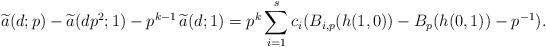
LaTeX: \begin{align*} \widetilde{a}(d;p) - \widetilde{a}(dp^2;1) - p^{k-1}\,\widetilde{a}(d;1) = p^k\sum_{i=1}^s c_i(B_{i,p}(h(1, 0))- B_{p}(h(0, 1)) - p^{-1}).\end{align*}